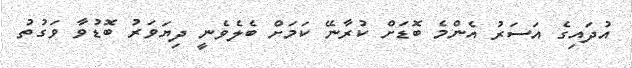
އުދައިގެ އަސަރު އެންމެ ބޮޑަށް ކުރާނޭ ކަމަށް ބެލެވެނީ ދިޔަވަރު ބޮޑުވާ ވަގުތު